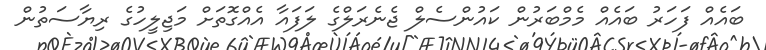
ބައެއް ފަހަރު ބައެއް މެމްބަރުން ކައުންސެލް ޖެނެރަލްގެ ލަފައާ އެއްގޮތަށް މަޖިލީހުގެ ރިޔާސަތުން